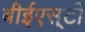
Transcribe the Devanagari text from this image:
बीईएस्‌टी